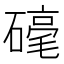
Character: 𮁀